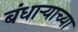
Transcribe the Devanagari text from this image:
बंधाऱ्याच्या